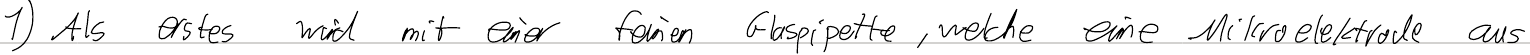
1) Als erstes wird mit einer feinen Glaspipette, welche eine Mikroelektrode aus